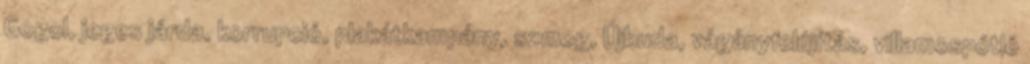
Gogol, jeges járda, korrupció, plakátkampány, szmog, Újbuda, vágányfelújítás, villamospótló